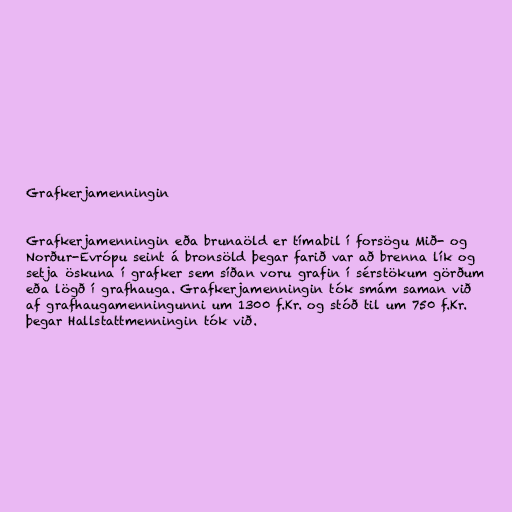
Grafkerjamenningin

Grafkerjamenningin eða brunaöld er tímabil í forsögu Mið- og
Norður-Evrópu seint á bronsöld þegar farið var að brenna lík og
setja öskuna í grafker sem síðan voru grafin í sérstökum görðum
eða lögð í grafhauga. Grafkerjamenningin tók smám saman við
af grafhaugamenningunni um 1300 f.Kr. og stóð til um 750 f.Kr.
þegar Hallstattmenningin tók við.